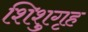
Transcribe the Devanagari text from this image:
शिशुगृह